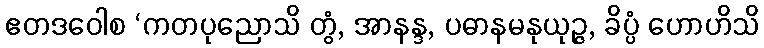
ဧတဒဝေါစ ‘ကတပုညောသိ တွံ, အာနန္ဒ, ပဓာနမနုယုဉ္ဇ, ခိပ္ပံ ဟောဟိသိ